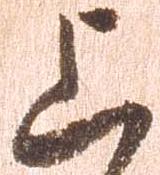
上